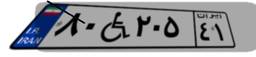
۴۵W۴۸۷۷۶